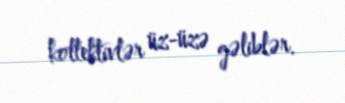
kollektivlər üz-üzə gəliblər.